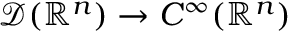
{ \mathcal { D } } ( \mathbb { R } ^ { n } ) \to C ^ { \infty } ( \mathbb { R } ^ { n } )